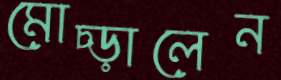
মোচ্‌ড়ালেন